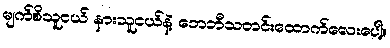
မျက်စိသူငယ် နားသူငယ်နဲ့ ဘေဘီသတင်းထောက်လေးပေါ့။